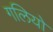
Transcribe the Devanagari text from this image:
गलियो